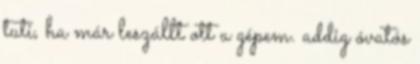
tuti, ha már leszállt ott a gépem. addig óvatós